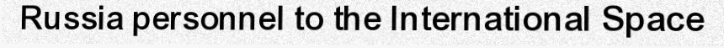
Russia personnel to the International Space